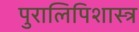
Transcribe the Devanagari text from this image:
पुरालिपिशास्त्र